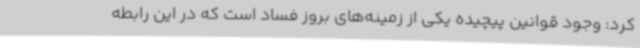
کرد: وجود قوانین پیچیده یکی از زمینه‌های بروز فساد است که در این رابطه